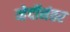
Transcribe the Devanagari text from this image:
व्हेर्दीनंतर